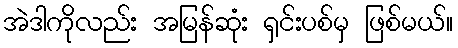
အဲဒါကိုလည်း အမြန်ဆုံး ရှင်းပစ်မှ ဖြစ်မယ်။